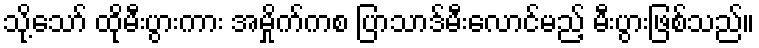
သို့သော် ထိုမီးပွားကား အမှိုက်ကစ ပြာသာဒ်မီးလောင်မည့် မီးပွားဖြစ်သည်။